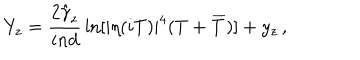
LaTeX: Y _ { z } = \frac { 2 \hat { \gamma } _ { z } } { i n d } \, \ln [ | \eta ( i T ) | ^ { 4 } ( T + \overline { { { T } } } ) ] + y _ { z } \, ,